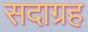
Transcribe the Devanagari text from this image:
सदाग्रह